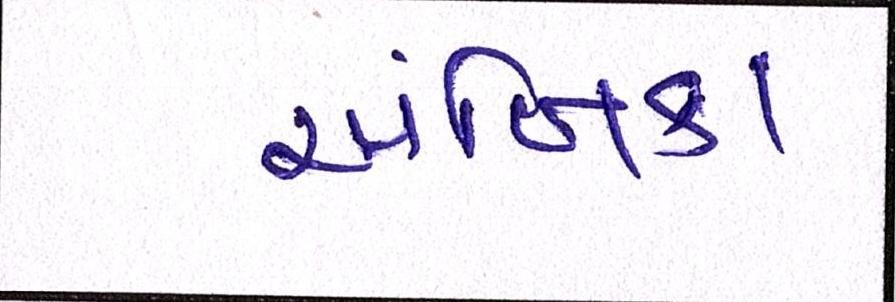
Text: અંબિકા